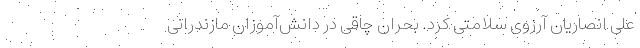
علی انصاریان آرزوی سلامتی کرد. بحران چاقی در دانش‌آموزان مازندرانی